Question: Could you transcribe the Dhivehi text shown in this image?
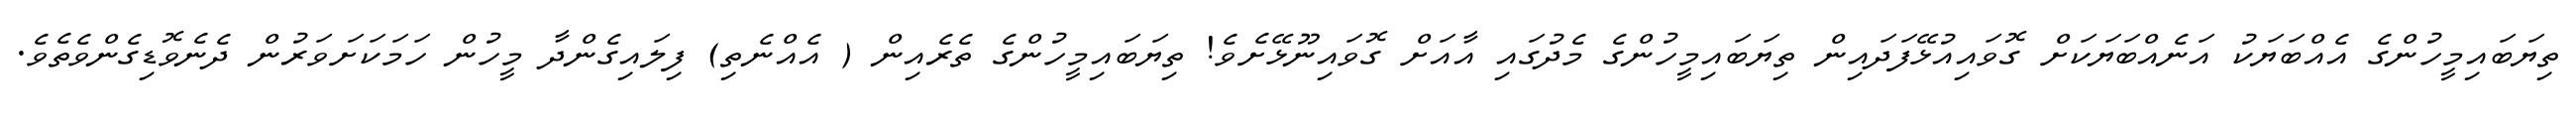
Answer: ތިޔަބައިމީހުންގެ އެއްބަޔަކު އަނެއްބަޔަކަށް ގޮވައިއުޅޭފަދައިން ތިޔަބައިމީހުންގެ މެދުގައި އާއަށް ގޮވައިނޫޅޭށެވެ! ތިޔަބައިމީހުންގެ ތެރެއިން ( އެއްނެތި) ފިލައިގެންދާ މީހުން ހަމަކަށަވަރުން ދެނެވޮޑިގެންވެތެވެ.